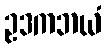
ဥဒကဘယံ